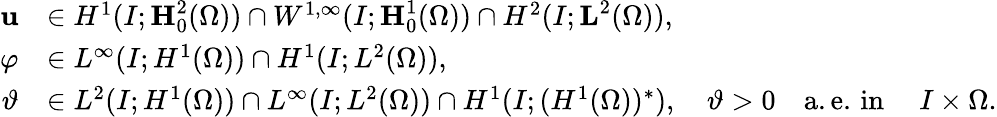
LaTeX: \begin{array}{rl}{\textbf{u}}&{\in H^{1}(I;\textbf{H}_{0}^{2}(\Omega))\cap W^{1,\infty}(I;\textbf{H}_{0}^{1}(\Omega))\cap H^{2}(I;\textbf{L}^{2}(\Omega)),}\\ {\varphi}&{\in L^{\infty}(I;H^{1}(\Omega))\cap H^{1}(I;L^{2}(\Omega)),}\\ {\vartheta}&{\in L^{2}(I;H^{1}(\Omega))\cap L^{\infty}(I;L^{2}(\Omega))\cap H^{1}(I;(H^{1}(\Omega))^{*}),\quad\vartheta>0\quad\mathrm{a.e.\, in~}\quad I\times\Omega.}\end{array}